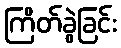
ကြိတ်ခွဲခြင်း